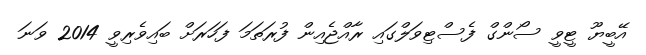
އޭބީޔޫ ޓީވީ ސޯންގް ފެސްޓިވަލްގައި ރާއްޖެއިން ފުރަތަމަ ފަހަރަށް ބައިވެރިވީ 2014 ވަނަ